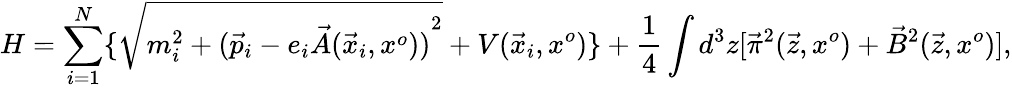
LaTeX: H=\sum_{i=1}^{N}\lbrace\sqrt{m_{i}^{2}+{({\vec{p}}_{i}-e_{i}\vec{A}({\vec{x}}_{i},x^{o}))}^{2}}+V({\vec{x}}_{i},x^{o})\rbrace+{\frac{1}{4}}\int d^{3}z[{\vec{\pi}}^{2}(\vec{z},x^{o})+{\vec{B}}^{2}(\vec{z},x^{o})],